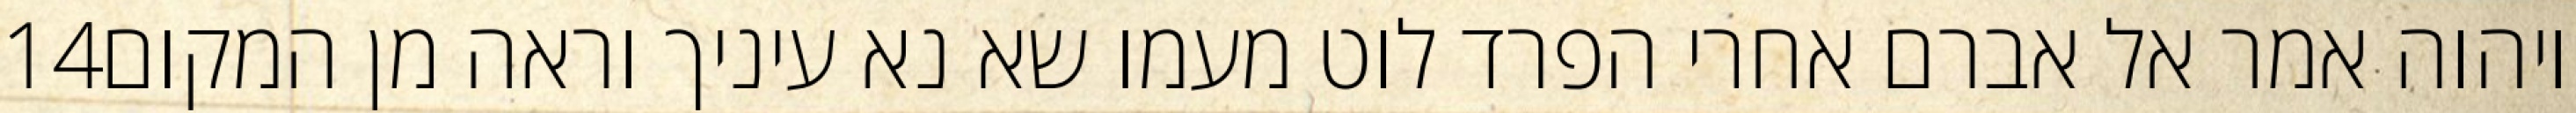
‎14‏ ויהוה אמר אל אברם אחרי הפרד לוט מעמו שא נא עיניך וראה מן המקום